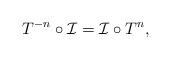
LaTeX: \begin{align*}T^{-n}\circ\mathcal I=\mathcal I\circ T^n, \end{align*}